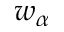
w _ { \alpha }